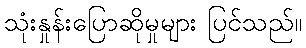
သုံးနှုန်းပြောဆိုမှုများ ပြင်သည်။